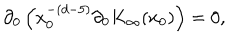
LaTeX: \partial _ { 0 } \left( x _ { 0 } ^ { - ( d - 5 ) } \partial _ { 0 } K _ { \infty } ( x _ { 0 } ) \right) = 0 ,